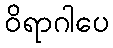
ဝိရာဂါပေ